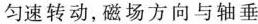
匀速转动，磁场方向与轴垂